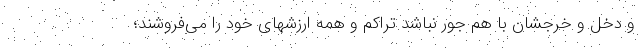
و دخل و خرجشان با هم جور نباشد تراکم و همه ارزشهای خود را می‌فروشند؛